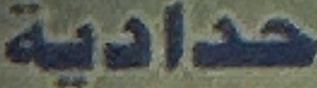
حدادية